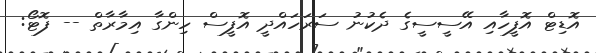
އޮޑިޓް އޮފީހާއި އޭސީސީގެ ދެކުނު ސަރަހައްދީ އޮފީސް ހިންގާ އިމާރާތް -- ފޮޓޯ: